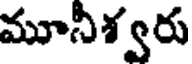
మూనీశ్వరు